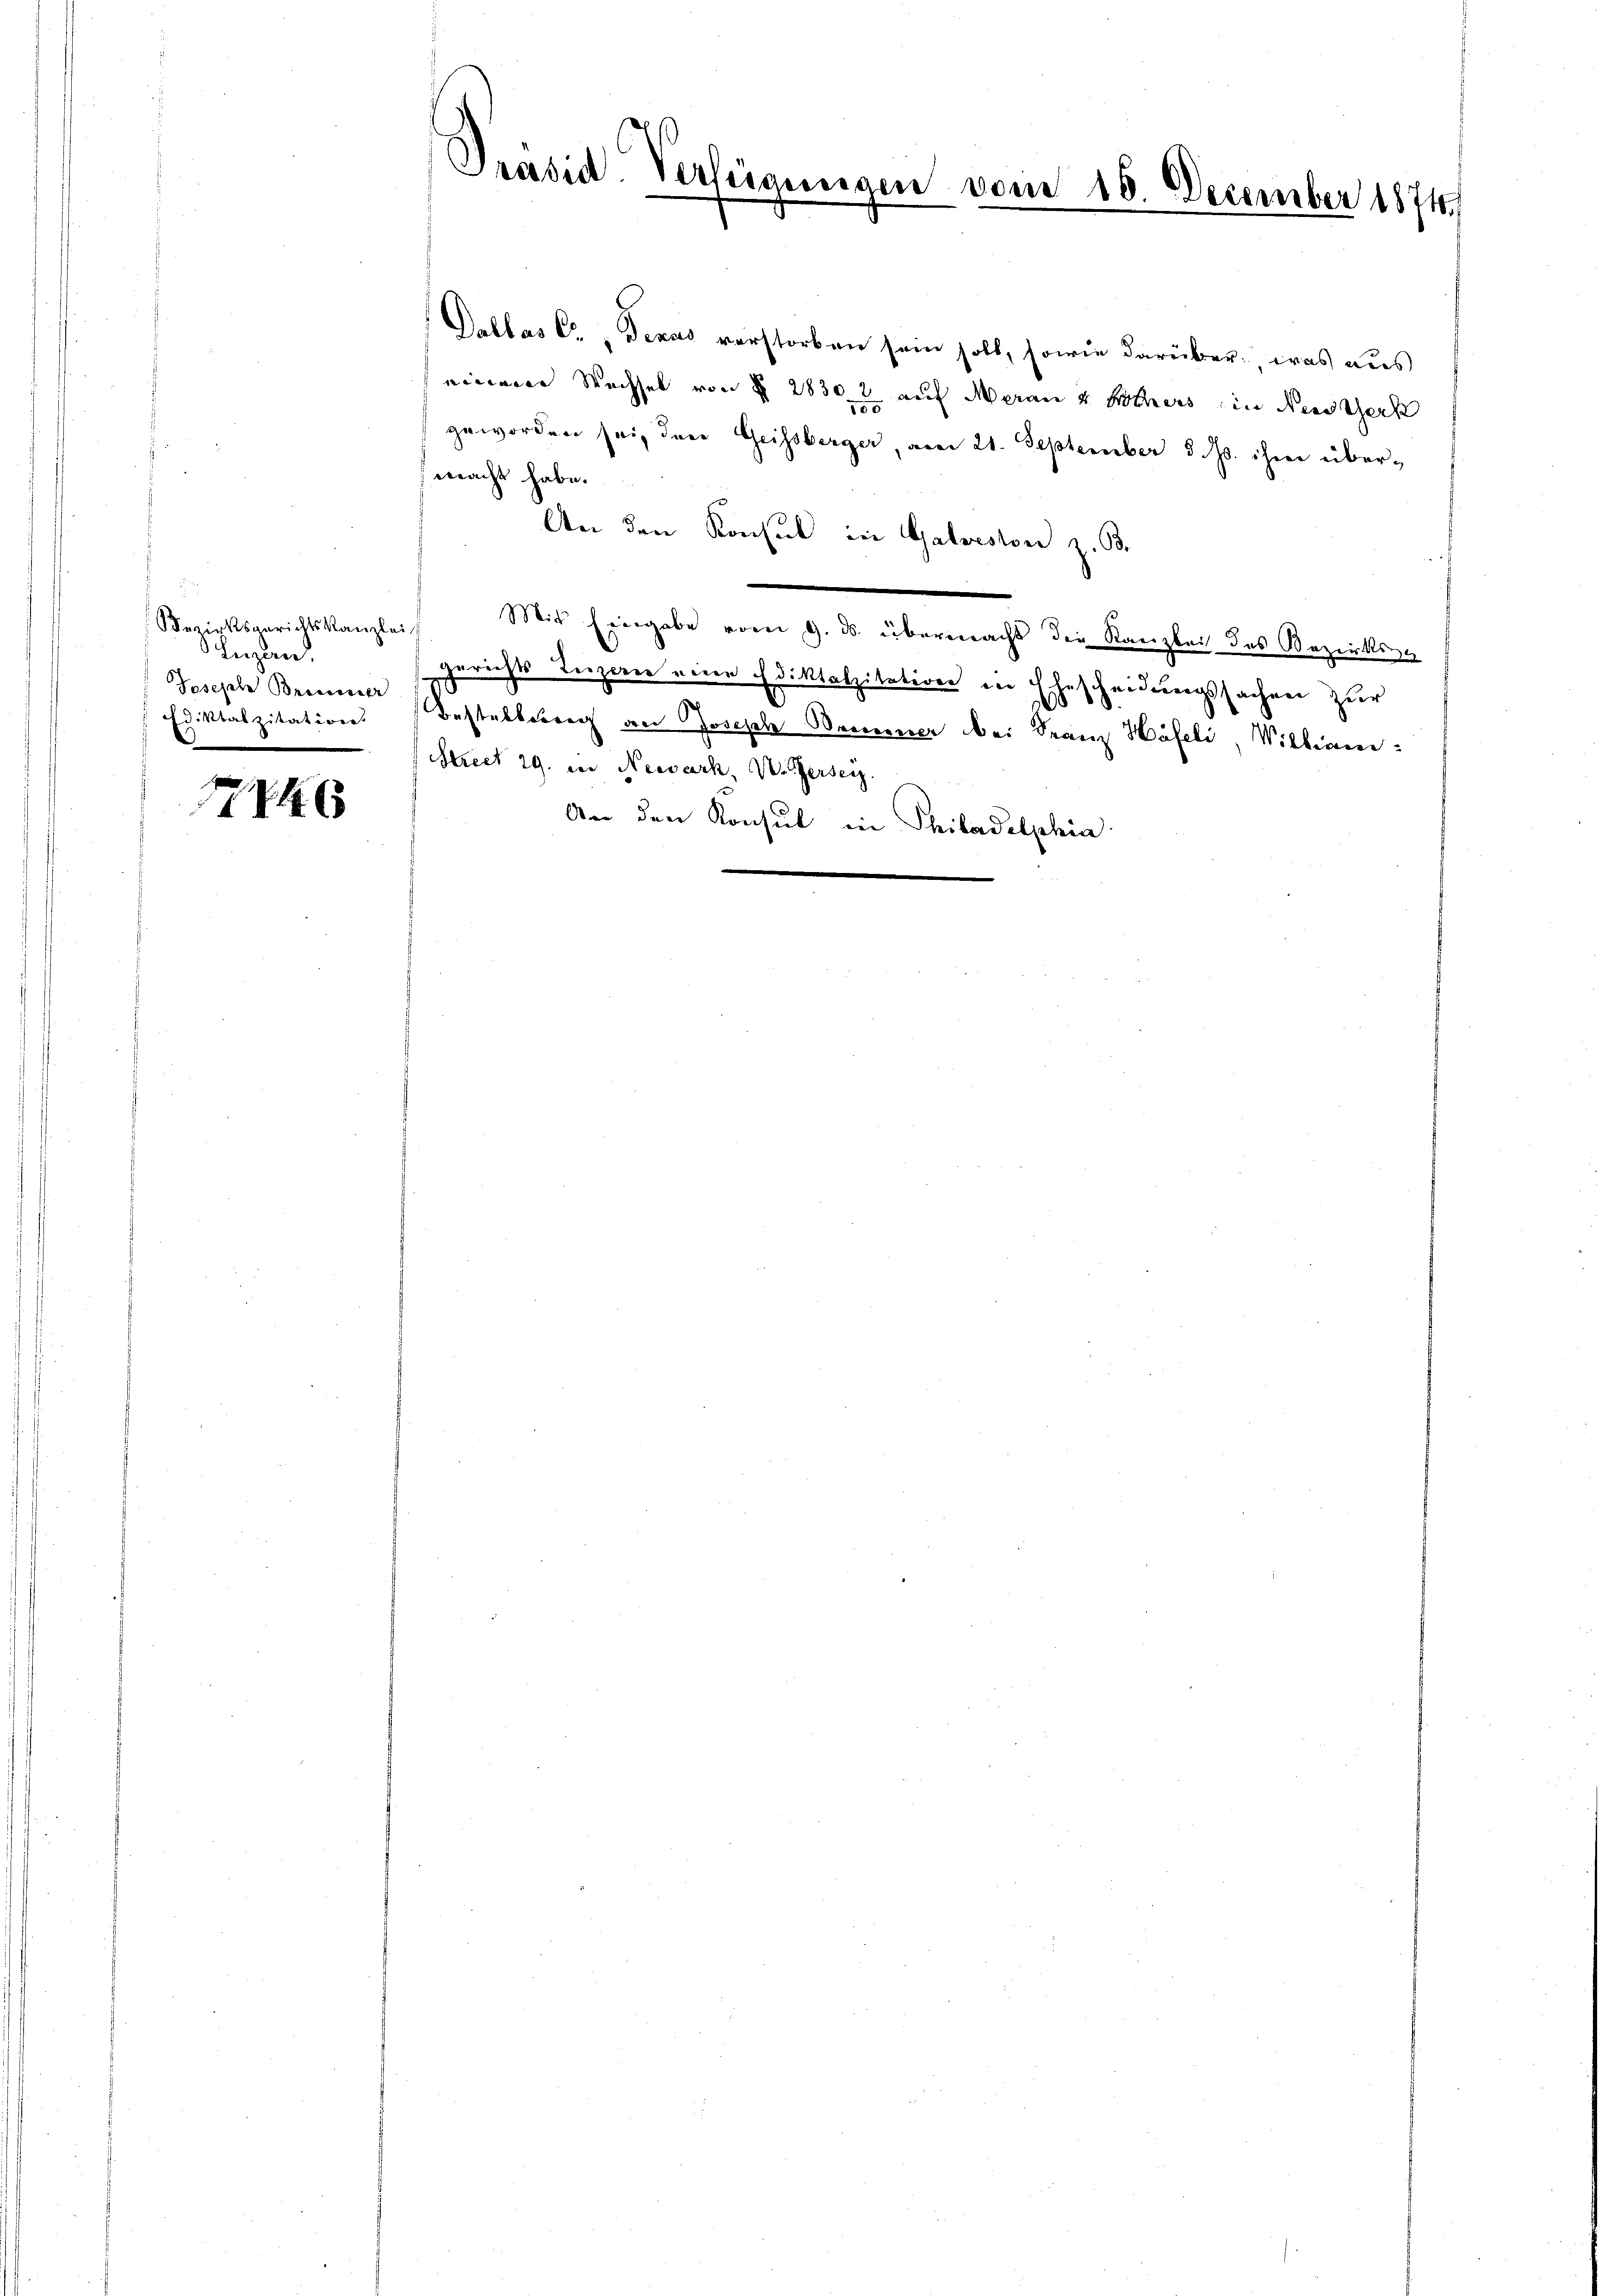
Bezirksgerichtskanzlei
Luzern,
Joseph Brossesser
Ediktalzitation
e

4

Präsid. Verfügungen vom 18. December 1874.

Pallas E., Texas verstorben sein soll, sowie darüber, was aus
einem Wechsel von § 28302 auf Meran & Bothers in Neusterk
geworden sei, den Geissberger, am 21. September d. Js. ihm über-
wacht habe.
An den Konsul in Galveston z. B.
Mit Eingabe vom 9. ds. übermacht die Kanzlei des Bezirksa
gerichts Luzerne eine Ediktalzitation in Ehescheidungssachen zur
Bestellung an Joseph Bommener bei Franz Häfeli, Willian¬
Streit 29. in Newach, V. Zersei
An den Konsul in Philadelphia
e